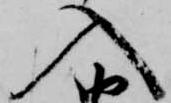
入